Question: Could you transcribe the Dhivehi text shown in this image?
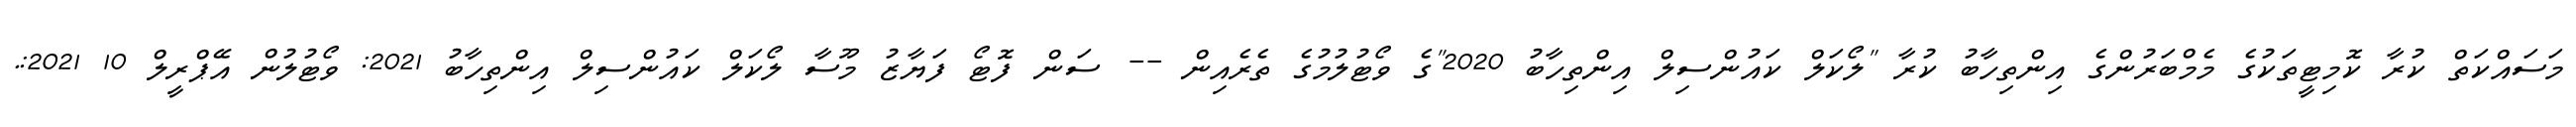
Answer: މަސައްކަތް ކުރާ ކޮމިޓީތަކުގެ މެމްބަރުންގެ އިންތިހާބު ކުރާ "ލޯކަލް ކައުންސިލް އިންތިހާބު 2020"ގެ ވޯޓުލުމުގެ ތެރެއިން -- ސަން ފޮޓޯ ފަޔާޒު މޫސާ ލޯކަލް ކައުންސިލް އިންތިހާބު 2021: ވޯޓުލުން އޭޕްރީލް 10 2021:.